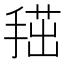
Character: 𢱞